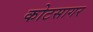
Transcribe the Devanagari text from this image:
कोटसागर